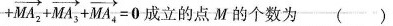
$$+ \overrightarrow{MA_{2}} + \overrightarrow{MA_{3}} + \overrightarrow{MA_{4}} = 0$$ 成立的点M的个数为 ()